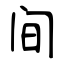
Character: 间